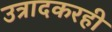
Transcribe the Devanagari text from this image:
उत्रादकरही